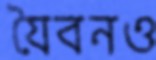
যৈবনও